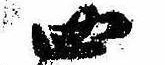
四